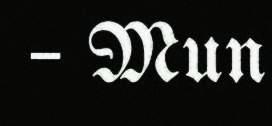
– Mun